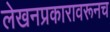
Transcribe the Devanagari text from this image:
लेखनप्रकारावरूनच